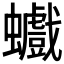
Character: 𧕆